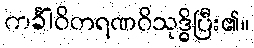
ကင်္ခါဝိတရဏဝိသုဒ္ဓိပြီး၏။